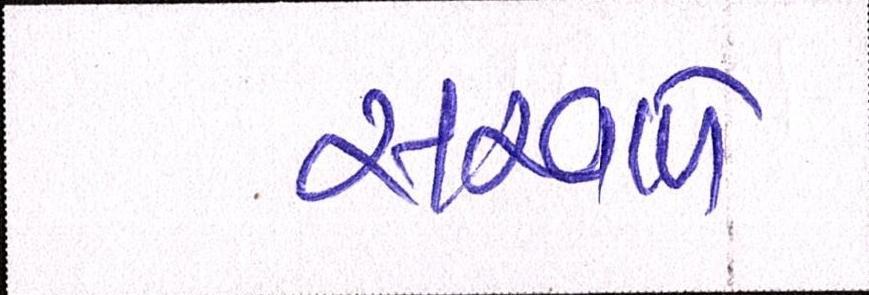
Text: સરવાળે